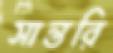
সান্তরি